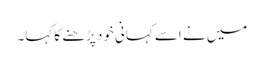
میں نے اسے کہانی خود پڑھنے کا کہا۔